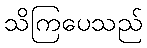
သိကြပေသည်